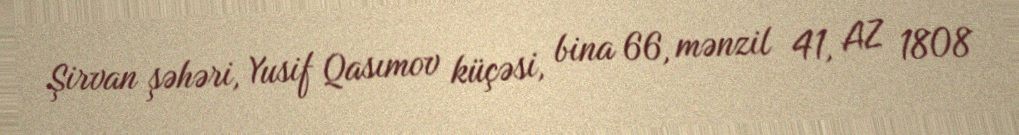
Şirvan şəhəri, Yusif Qasımov küçəsi, bina 66, mənzil 41, AZ 1808